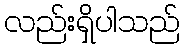
လည်းရှိပါသည်